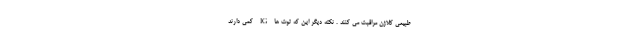
طبیعی کلاژن مراقبت می کنند . نکته دیگر این که توت ها IG کمی دارند